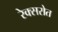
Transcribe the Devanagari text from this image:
रेक्सरोत